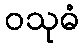
ဝသုဓံ